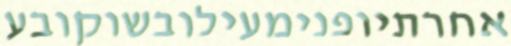
אחרתיופנימעילובשוקובע